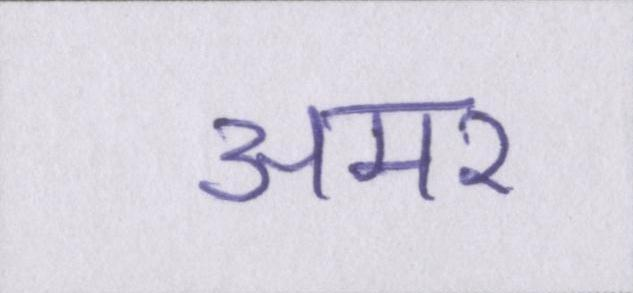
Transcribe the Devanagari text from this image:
अमर